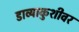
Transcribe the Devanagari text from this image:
डाव्याकुशीवर